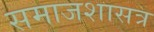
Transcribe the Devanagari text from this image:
समाजशासत्र